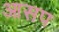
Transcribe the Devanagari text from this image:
आसप